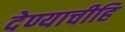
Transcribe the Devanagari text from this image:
देण्याचीहि